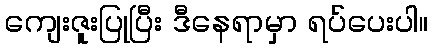
ကျေးဇူးပြုပြီး ဒီနေရာမှာ ရပ်ပေးပါ။